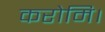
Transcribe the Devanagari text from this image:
करोमि।